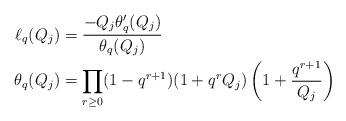
LaTeX: \begin{align*} \ell_q(Q_j) &= \frac{-Q_j \theta_q'(Q_j)}{\theta_q(Q_j)} \\ \theta_q(Q_j) &= \prod_{r \geq 0} (1-q^{r+1})(1+q^r Q_j)\left( 1 + \frac{q^{r+1}}{Q_j} \right) \end{align*}